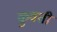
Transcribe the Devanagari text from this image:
कुवती